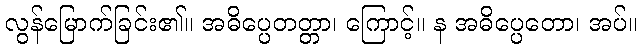
လွန်မြောက်ခြင်း၏။ အဓိပ္ပေတတ္တာ၊ ကြောင့်။ န အဓိပ္ပေတော၊ အပ်။